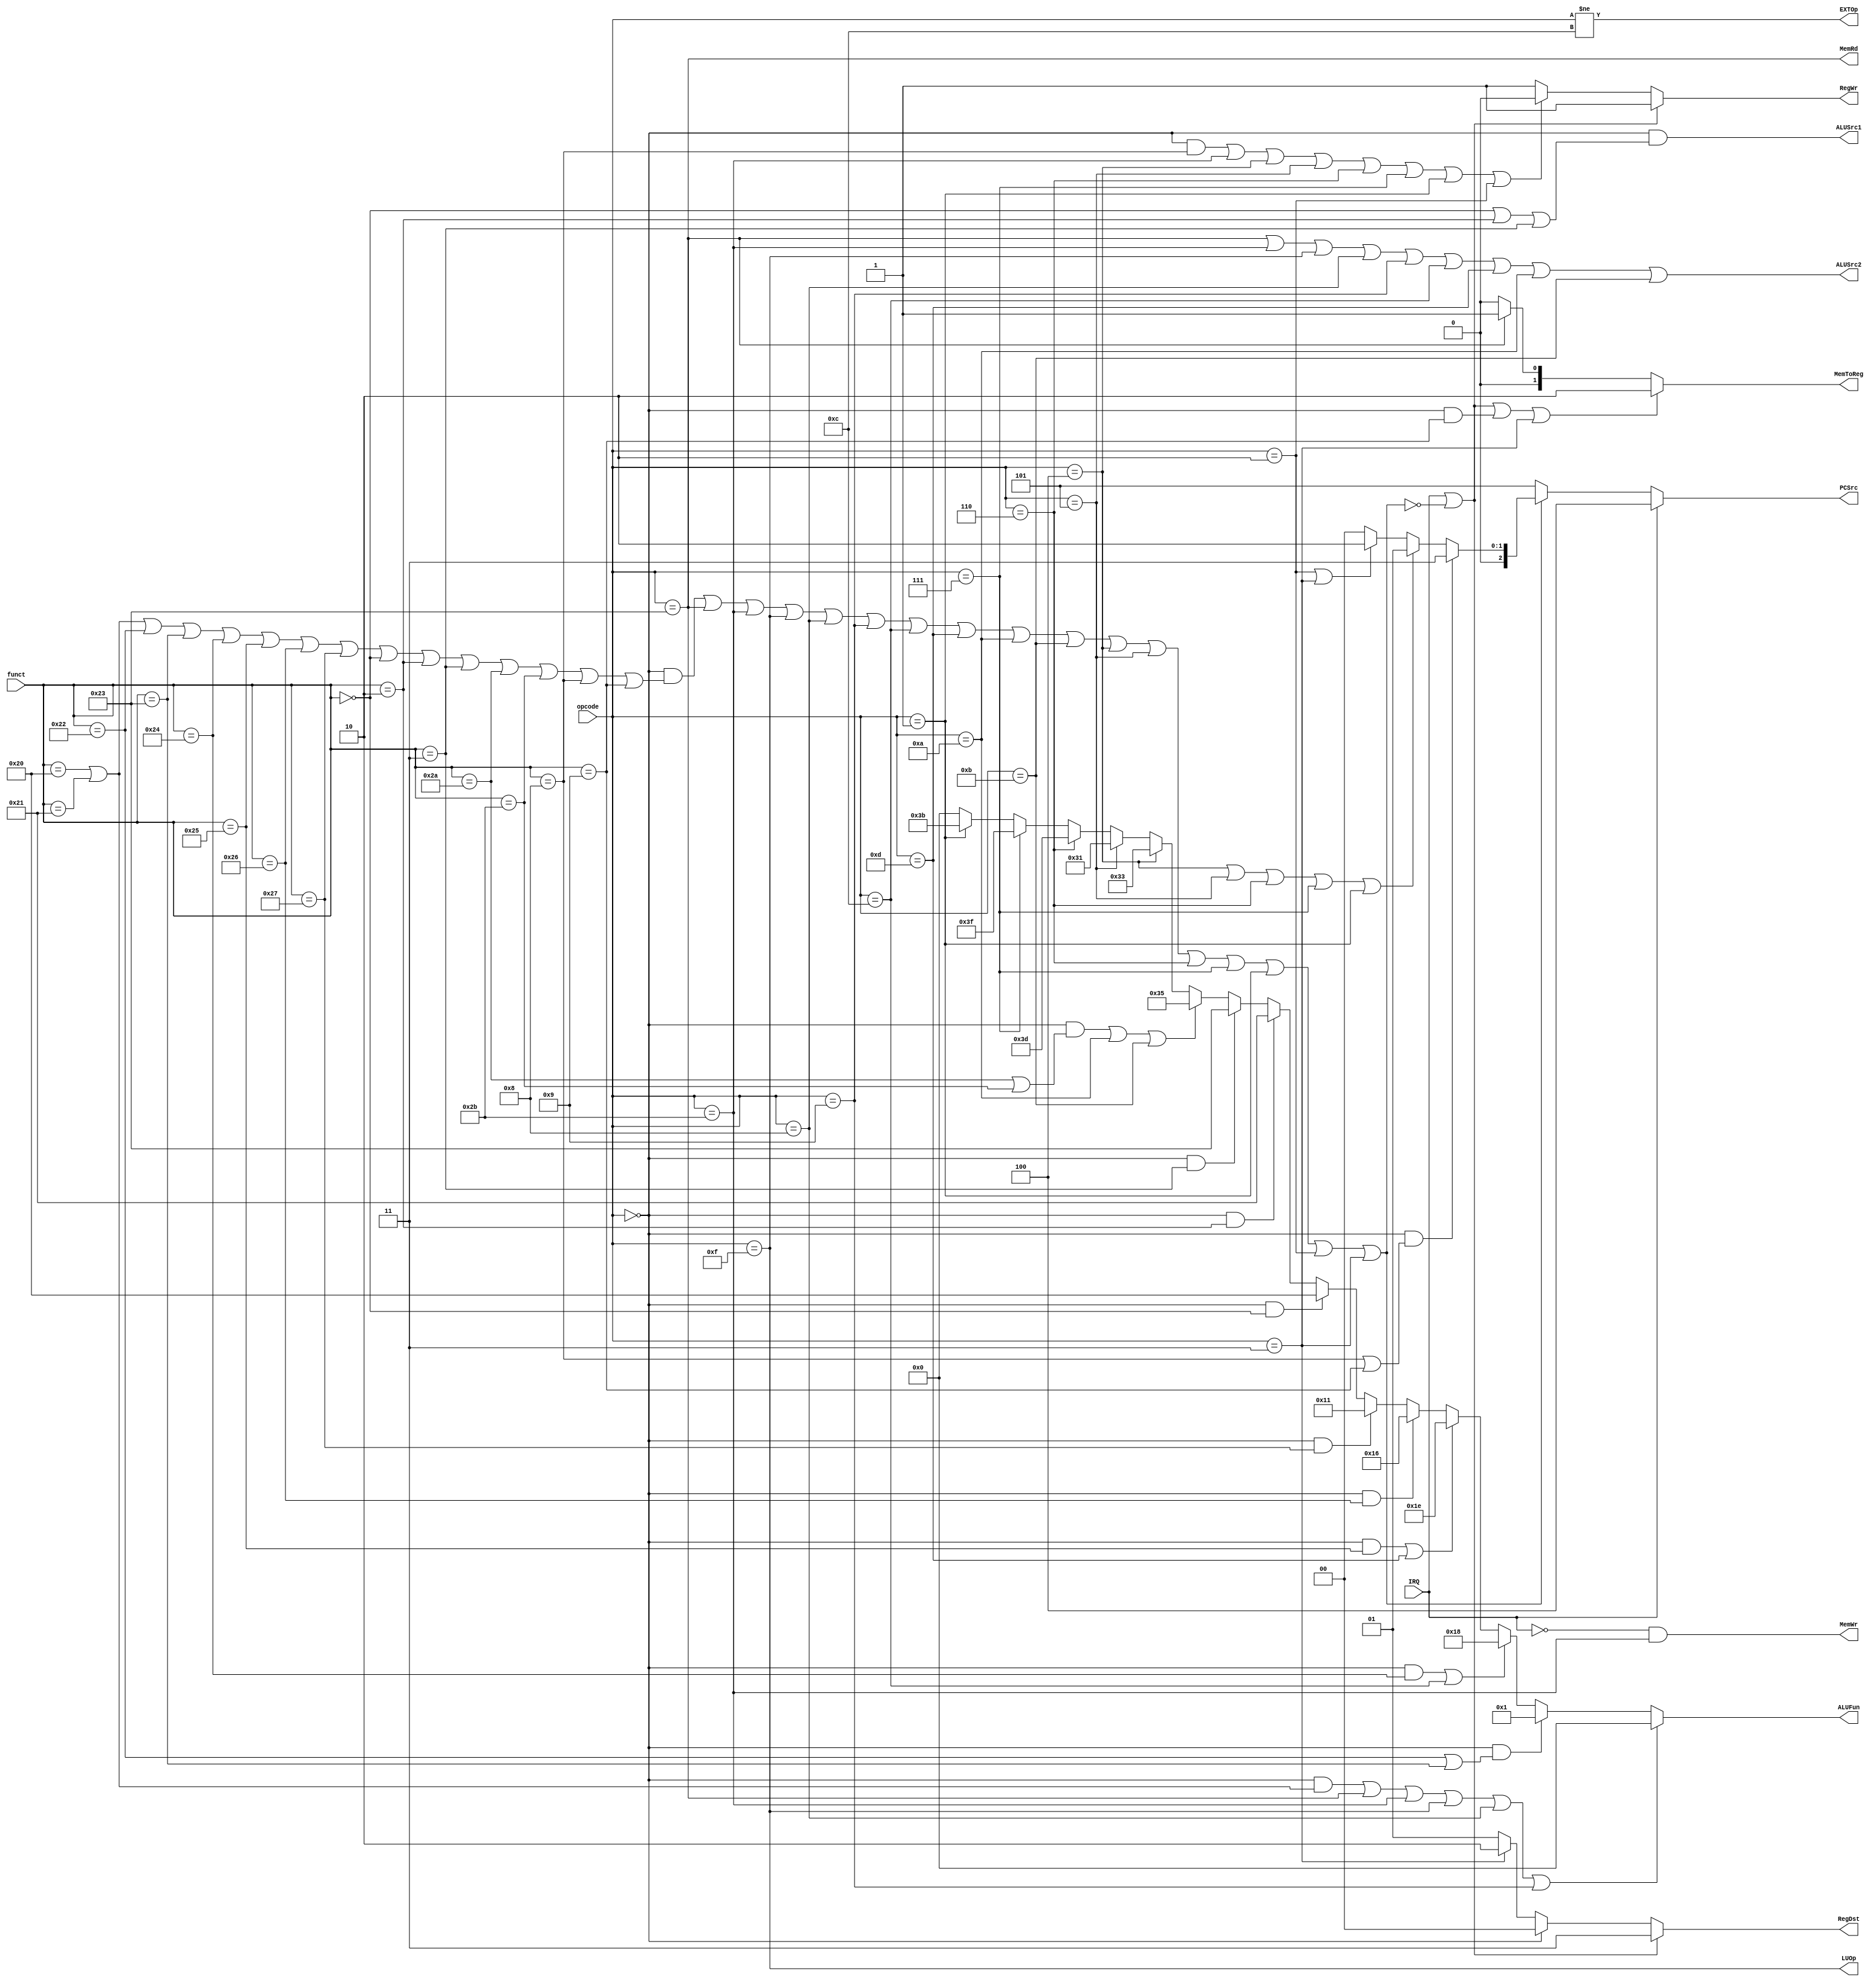
module Control(
    input [5:0] opcode, funct,
    input IRQ,
    output [2:0] PCSrc,
    output [1:0] RegDst,
    output RegWr,
    output ALUSrc1, ALUSrc2,
    output [5:0] ALUFun,
    output MemWr, MemRd,
    output [1:0] MemToReg,
    output EXTOp,
    output LUOp
);
// 
wire Undefined;
assign Undefined = !((opcode==0&&(funct==6'h20||funct==6'h21||funct==6'h22||funct==6'h23||funct==6'h24||funct==6'h25||funct==6'h26||funct==6'h27||funct==6'h00||funct==6'h02||funct==6'h03||funct==6'h2A||funct==6'h2B||funct==6'h08||funct==6'h09))
                    ||opcode==6'h23||opcode==6'h2B||opcode==6'h0F||opcode==6'h08||opcode==6'h09||opcode==6'h0C||opcode==6'h0D||opcode==6'h0A||opcode==6'h0B||opcode==6'h04||opcode==6'h05||opcode==6'h06||opcode==6'h07||opcode==6'h01
                    ||opcode==6'h02||opcode==6'h03);

assign PCSrc = IRQ ? 4 :
               Undefined ? 5 :
               (opcode==0&&(funct==6'h08||funct==6'h09)) ? 3 :
               (opcode==6'h04||opcode==6'h05||opcode==6'h06||opcode==6'h07||opcode==6'h01) ? 1 :
               (opcode==6'h02||opcode==6'h03) ? 2 : 0;

assign RegDst = IRQ||Undefined ? 3 :
                opcode==0 ? 0 :
                opcode==6'h03 ? 2 : 1;

assign RegWr = IRQ||Undefined ? 1 :
               (opcode==0&&funct==6'h08)||opcode==6'h2B||opcode==6'h04||opcode==6'h05||opcode==6'h06||opcode==6'h07||opcode==6'h01||opcode==6'h02 ? 0 : 1;

assign ALUSrc1 = opcode==0&&(funct==6'h00||funct==6'h02||funct==6'h03);
assign ALUSrc2 = opcode==6'h23||opcode==6'h2B||opcode==6'h0F||opcode==6'h08||opcode==6'h09||opcode==6'h0C||opcode==6'h0D||opcode==6'h0A||opcode==6'h0B;

assign ALUFun = (opcode==0&&(funct==6'h20||funct==6'h21))||opcode==6'h23||opcode==6'h2B||opcode==6'h0F||opcode==6'h08||opcode==6'h09 ? 6'b000_000 :
                opcode==0&&(funct==6'h22||funct==6'h23) ? 6'b000_001 :
                (opcode==0&&funct==6'h24)||opcode==6'h0C ? 6'b011_000 :
                (opcode==0&&funct==6'h25)||opcode==6'h0D ? 6'b011_110 :
                opcode==0&&funct==6'h26 ? 6'b010_110 :
                opcode==0&&funct==6'h27 ? 6'b010_001 :
                opcode==0&&funct==6'h00 ? 6'b100_000 :
                opcode==0&&funct==6'h02 ? 6'b100_001 :
                opcode==0&&funct==6'h03 ? 6'b100_011 :
                (opcode==0&&(funct==6'h2A||funct==6'h2B))||opcode==6'h0A||opcode==6'h0B ? 6'b110_101 :
                opcode==6'h04 ? 6'b110_011 :
                opcode==6'h05 ? 6'b110_001 :
                opcode==6'h06 ? 6'b111_101 :
                opcode==6'h07 ? 6'b111_111 :
                opcode==6'h01 ? 6'b111_011 : 6'b000_000;

assign MemWr = !IRQ && opcode==6'h2B;
assign MemRd = opcode==6'h23;

assign MemToReg = IRQ||Undefined||(opcode==0&&funct==6'h09)||opcode==6'h03 ? 2 :
                  opcode==6'h23 ? 1 : 0;

assign EXTOp = opcode!=6'h0C;
assign LUOp = opcode==6'h0F;
endmodule